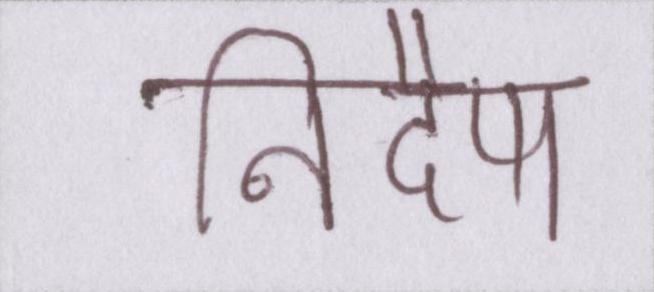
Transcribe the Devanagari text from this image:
निर्देष